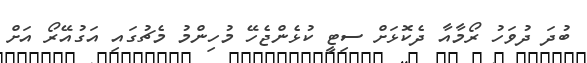
ބުދަ ދުވަހު ރޯމާއާ ދެކޮޅަށް ސިޓީ ކުޅެންޖެހޭ މުހިންމު މެޗުގައި އަގުއޭރޯ އަށް